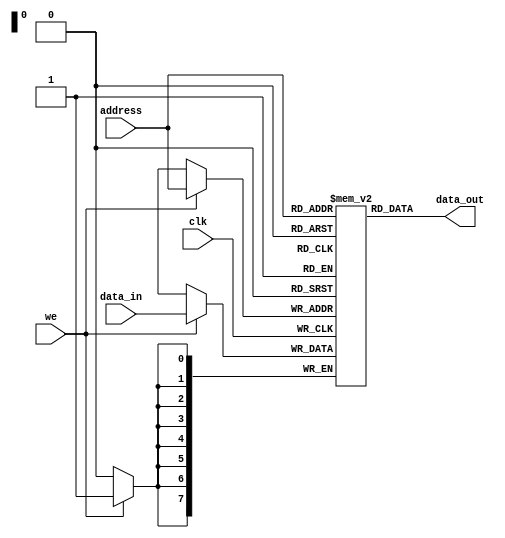
module eprom(
    input wire clk,
    input wire we,
    input wire [7:0] address,
    input wire [7:0] data_in,
    output wire [7:0] data_out
);

reg [7:0] memory [0:255]; // 256 rows of 8-bit memory cells

always @(posedge clk) begin
    if(we) begin
        memory[address] <= data_in;
    end
end

assign data_out = memory[address];

endmodule